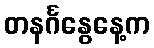
တနင်္ဂနွေနေ့က